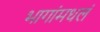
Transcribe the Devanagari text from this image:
भागांमधलं